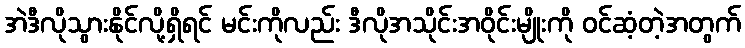
အဲဒီလိုသွားနိုင်လို့ရှိရင် မင်းကိုလည်း ဒီလိုအသိုင်းအဝိုင်းမျိုးကို ဝင်ဆံ့တဲ့အတွက်